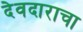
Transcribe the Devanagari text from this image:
देवदाराचा